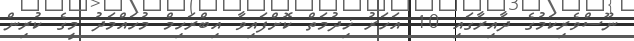
ނޫސްވެރިކަމުގެ ދާއިރާގައި 10 އަހަރު ޚިދުމަތް ކޮށްފައިވާ އިބްރަހިމް މުހައްމަދު މީގެ ކުރިން